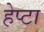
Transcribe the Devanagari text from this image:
हेप्टा